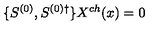
\{ S ^ { ( 0 ) } , S ^ { ( 0 ) \dagger } \} X ^ { c h } ( x ) = 0